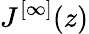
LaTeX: J^{[\infty]}(z)